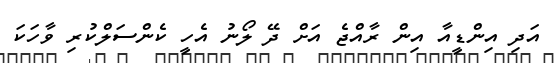
އަދި އިންޑީއާ އިން ރާއްޖެ އަށް ދޭ ލޯނު އެހީ ކެންސަލްކުރި ވާހަކަ